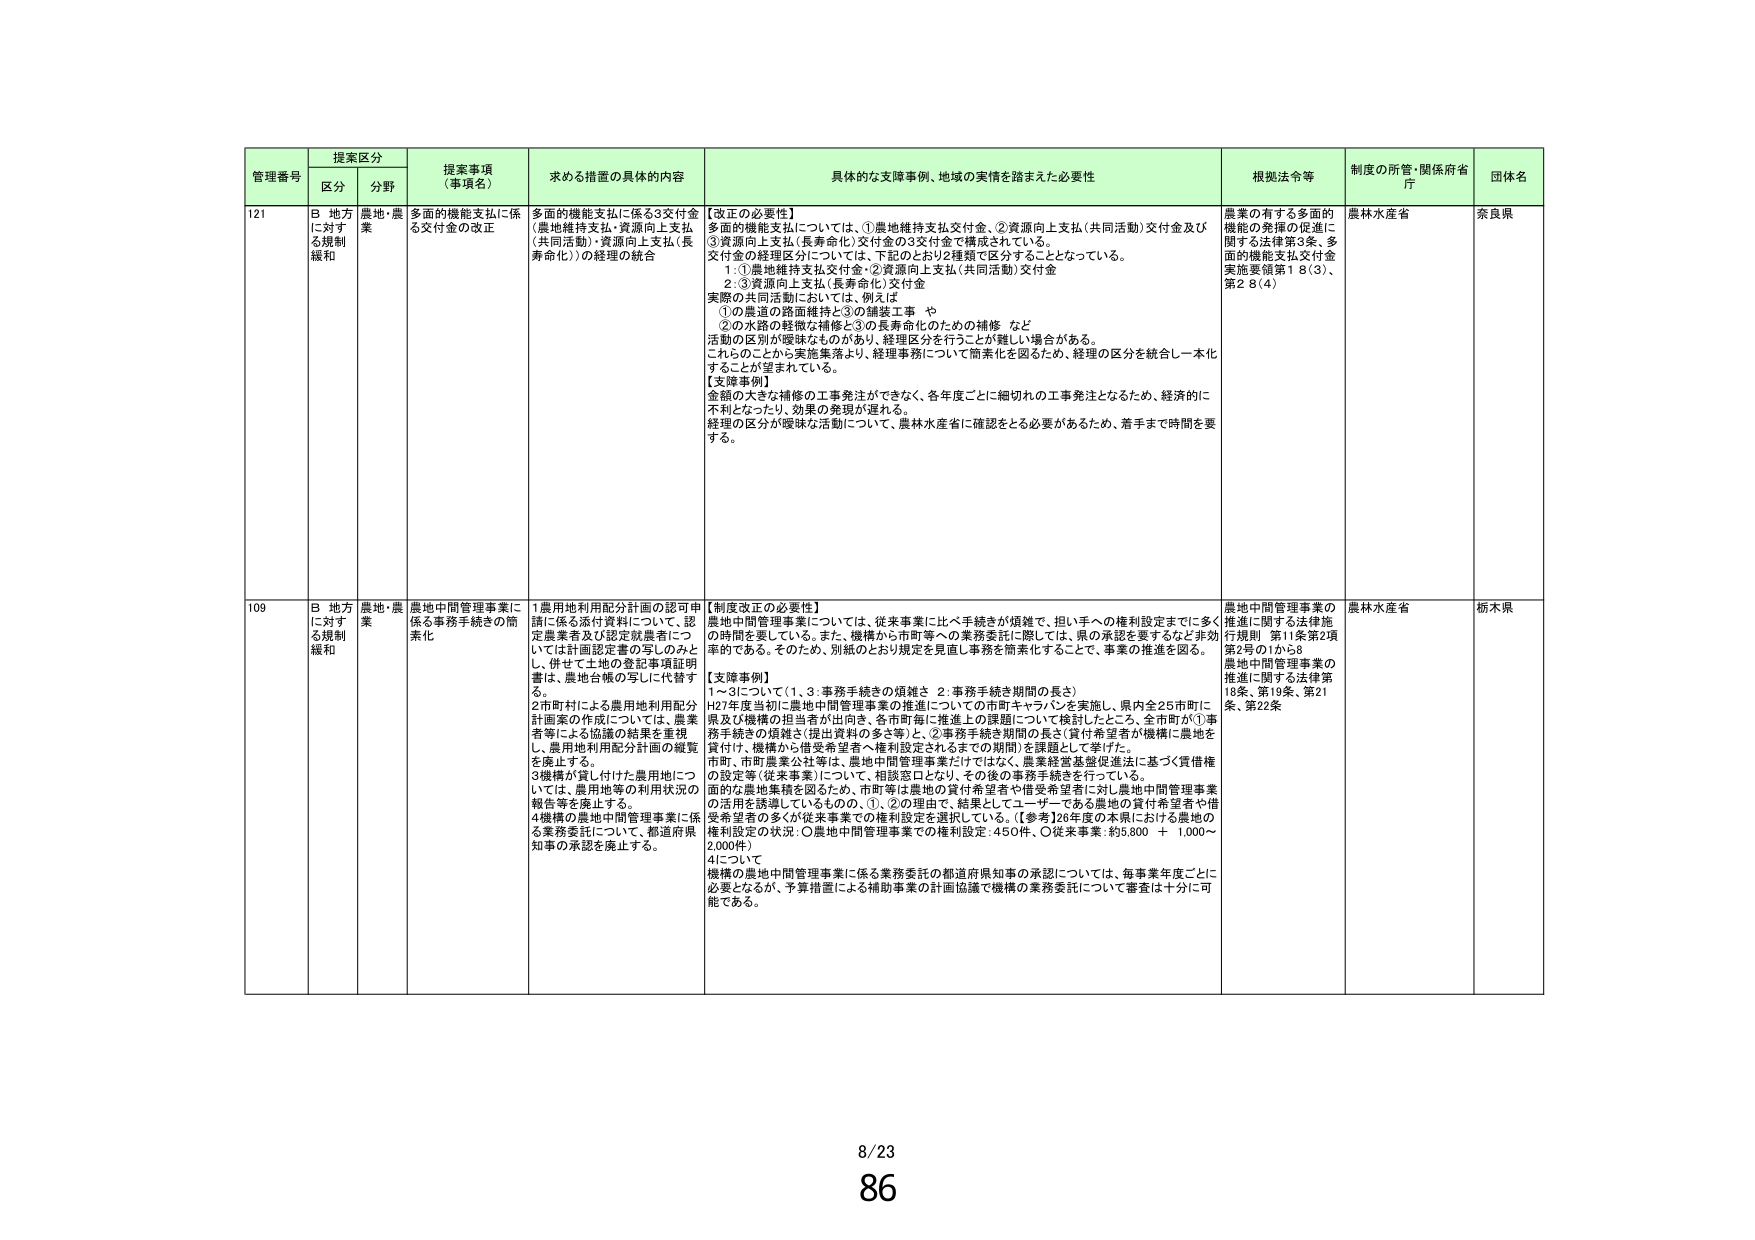
管理番号 提案区分 提案事項（事項名） 求める措置の具体的内容 具体的な支障事例、地域の実情を踏まえた必要性 根拠法令等 制度の所管・関係府省庁 団体名
区分 分野
121 B 地方に対する規制緩和 農地・農業 多面的機能支払に係る交付金の改正 多面的機能支払に係る3交付金（農地維持支払・資源向上支払（共同活動）・資源向上支払（長寿命化））の経理の統合 【改正の必要性】
多面的機能支払については、①農地維持支払交付金、②資源向上支払（共同活動）交付金及び③資源向上支払（長寿命化）交付金の3交付金で構成されている。
交付金の経理区分については、下記のとおり2種類で区分することとなっている。
1．①農地維持支払交付金・②資源向上支払（共同活動）交付金
2．③資源向上支払（長寿命化）交付金
実際の共同活動においては、例えば
①の農道の路面維持と③の舗装工事 や
②の水路の軽微な補修と③の長寿命化のための補修 など
活動の区別が曖昧なものがあり、経理区分を行うことが難しい場合がある。
これらのことから実施集落より、経理事務について簡素化を図るため、経理の区分を統合し一本化することが望まれている。
【支障事例】
金額の大きな補修の工事発注ができなく、各年度ごとに細切れの工事発注となるため、経済的に不利となったり、効果の発現が遅れる。
経理の区分が曖昧な活動について、農林水産省に確認をとる必要があるため、着手まで時間を要する。
農業の有する多面的機能の発揮の促進に関する法律第3条、多面的機能支払交付金実施要領第18(3)、第28(4) 農林水産省 奈良県
109 B 地方に対する規制緩和 農地・農業 農地中間管理事業に係る事務手続きの簡素化 1 農用地利用配分計画の認可申請に係る添付資料について、認定農業者及び認定就農者については計画認定者の写しのみとし、併せて土地の登記事項証明書は、農地台帳の写しに代替する。
2 市町村による農用地利用配分計画案の作成については、農業者等による協議の結果を重視し、農用地利用配分計画の概観を保止する。
3 機構が貸し付けた農用地については、農用地等の利用状況の報告等を廃止する。
4 機構の農地中間管理事業に係る業務委託について、都道府県知事の承認を廃止する。 【制度改正の必要性】
農地中間管理事業については、従来事業に比べ手続きが煩雑で、担い手への権利設定までに多くの時間を要している。また、機構から市町等への業務委託に際しては、県の承認を要するなど非効率的である。そのため、別紙のとおり規定を簡素化し事務を簡素化することで、事業の推進を図る。
【支障事例】
1～3について（1．3：事務手続きの煩雑さ 2：事務手続き期間の長さ）
H27年度当初に農地中間管理事業の推進についての市町キャラバンを実施し、県内全25市町に県及び機構の担当者が出向き、各市町毎に推進上の課題について検討したところ、全市町が①事務手続きの煩雑さ（提出資料の多さ等）と、②事務手続き期間の長さ（貸付希望者が機構に農地を貸付け、機構から借受希望者へ権利設定されるまでの期間）を課題として挙げた。
市町・市町農業公社等は、農地中間管理事業だけではなく、農業経営基盤促進法に基づく賃借権の設定等（従来事業）について、相談窓口となり、その後の事務手続きを行っている。
面的な農地集積を図るため、市町等は農地の貸付希望者や借受希望者に対し農地中間管理事業の活用を誘導しているもので、①、②の理由で、結果としてユーザーである農地の貸付希望者や借受希望者の多くが従来事業での権利設定を選択している。（【参考】26年度の本県における農地の権利設定の状況：〇農地中間管理事業での権利設定：450件、〇従来事業：約5,800＋1,000～2,000件）
4について
機構の農地中間管理事業に係る業務委託の都道府県知事の承認については、毎事業年度ごとに必要となるが、予算措置による補助事業の計画協議で機構の業務委託について審査は十分に可能である。 農地中間管理事業の推進に関する法律施行規則 第1条第2項第2号の1から8 農地中間管理事業の推進に関する法律第18条、第19条、第21条、第22条 農林水産省 栃木県
8/23
86